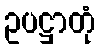
ဥပဋ္ဌာတုံ